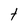
Character: t